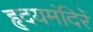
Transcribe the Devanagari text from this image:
हृदयमंदिरें